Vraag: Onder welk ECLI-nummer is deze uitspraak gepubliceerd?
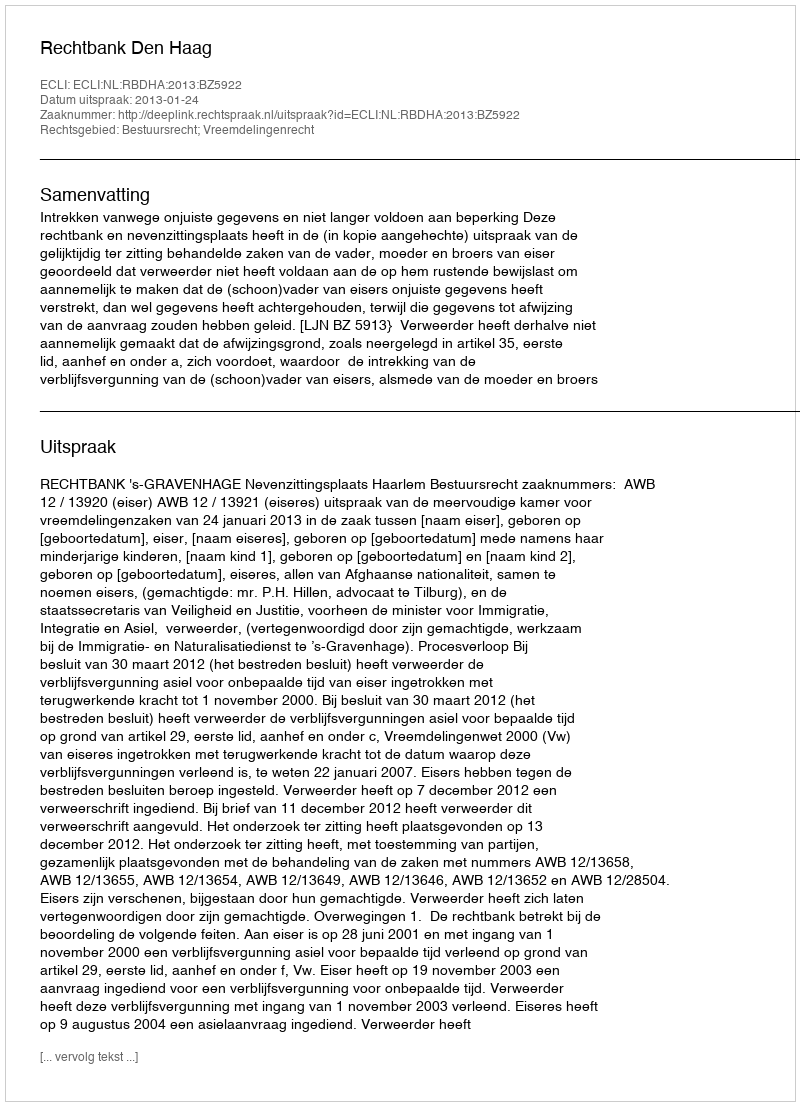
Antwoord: ECLI:NL:RBDHA:2013:BZ5922